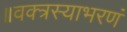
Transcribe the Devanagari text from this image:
॥वक्त्रस्याभरणं